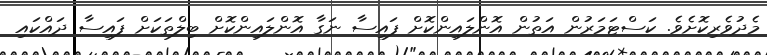
މެދުވެރިކޮށެވެ. ކަސްޓަމަރުން އަތުން އޮންލައިންކޮށް ފައިސާ ނަގާ އޮންލައިންކޮށް ބިލްތަކަށް ފައިސާ ދައްކައި